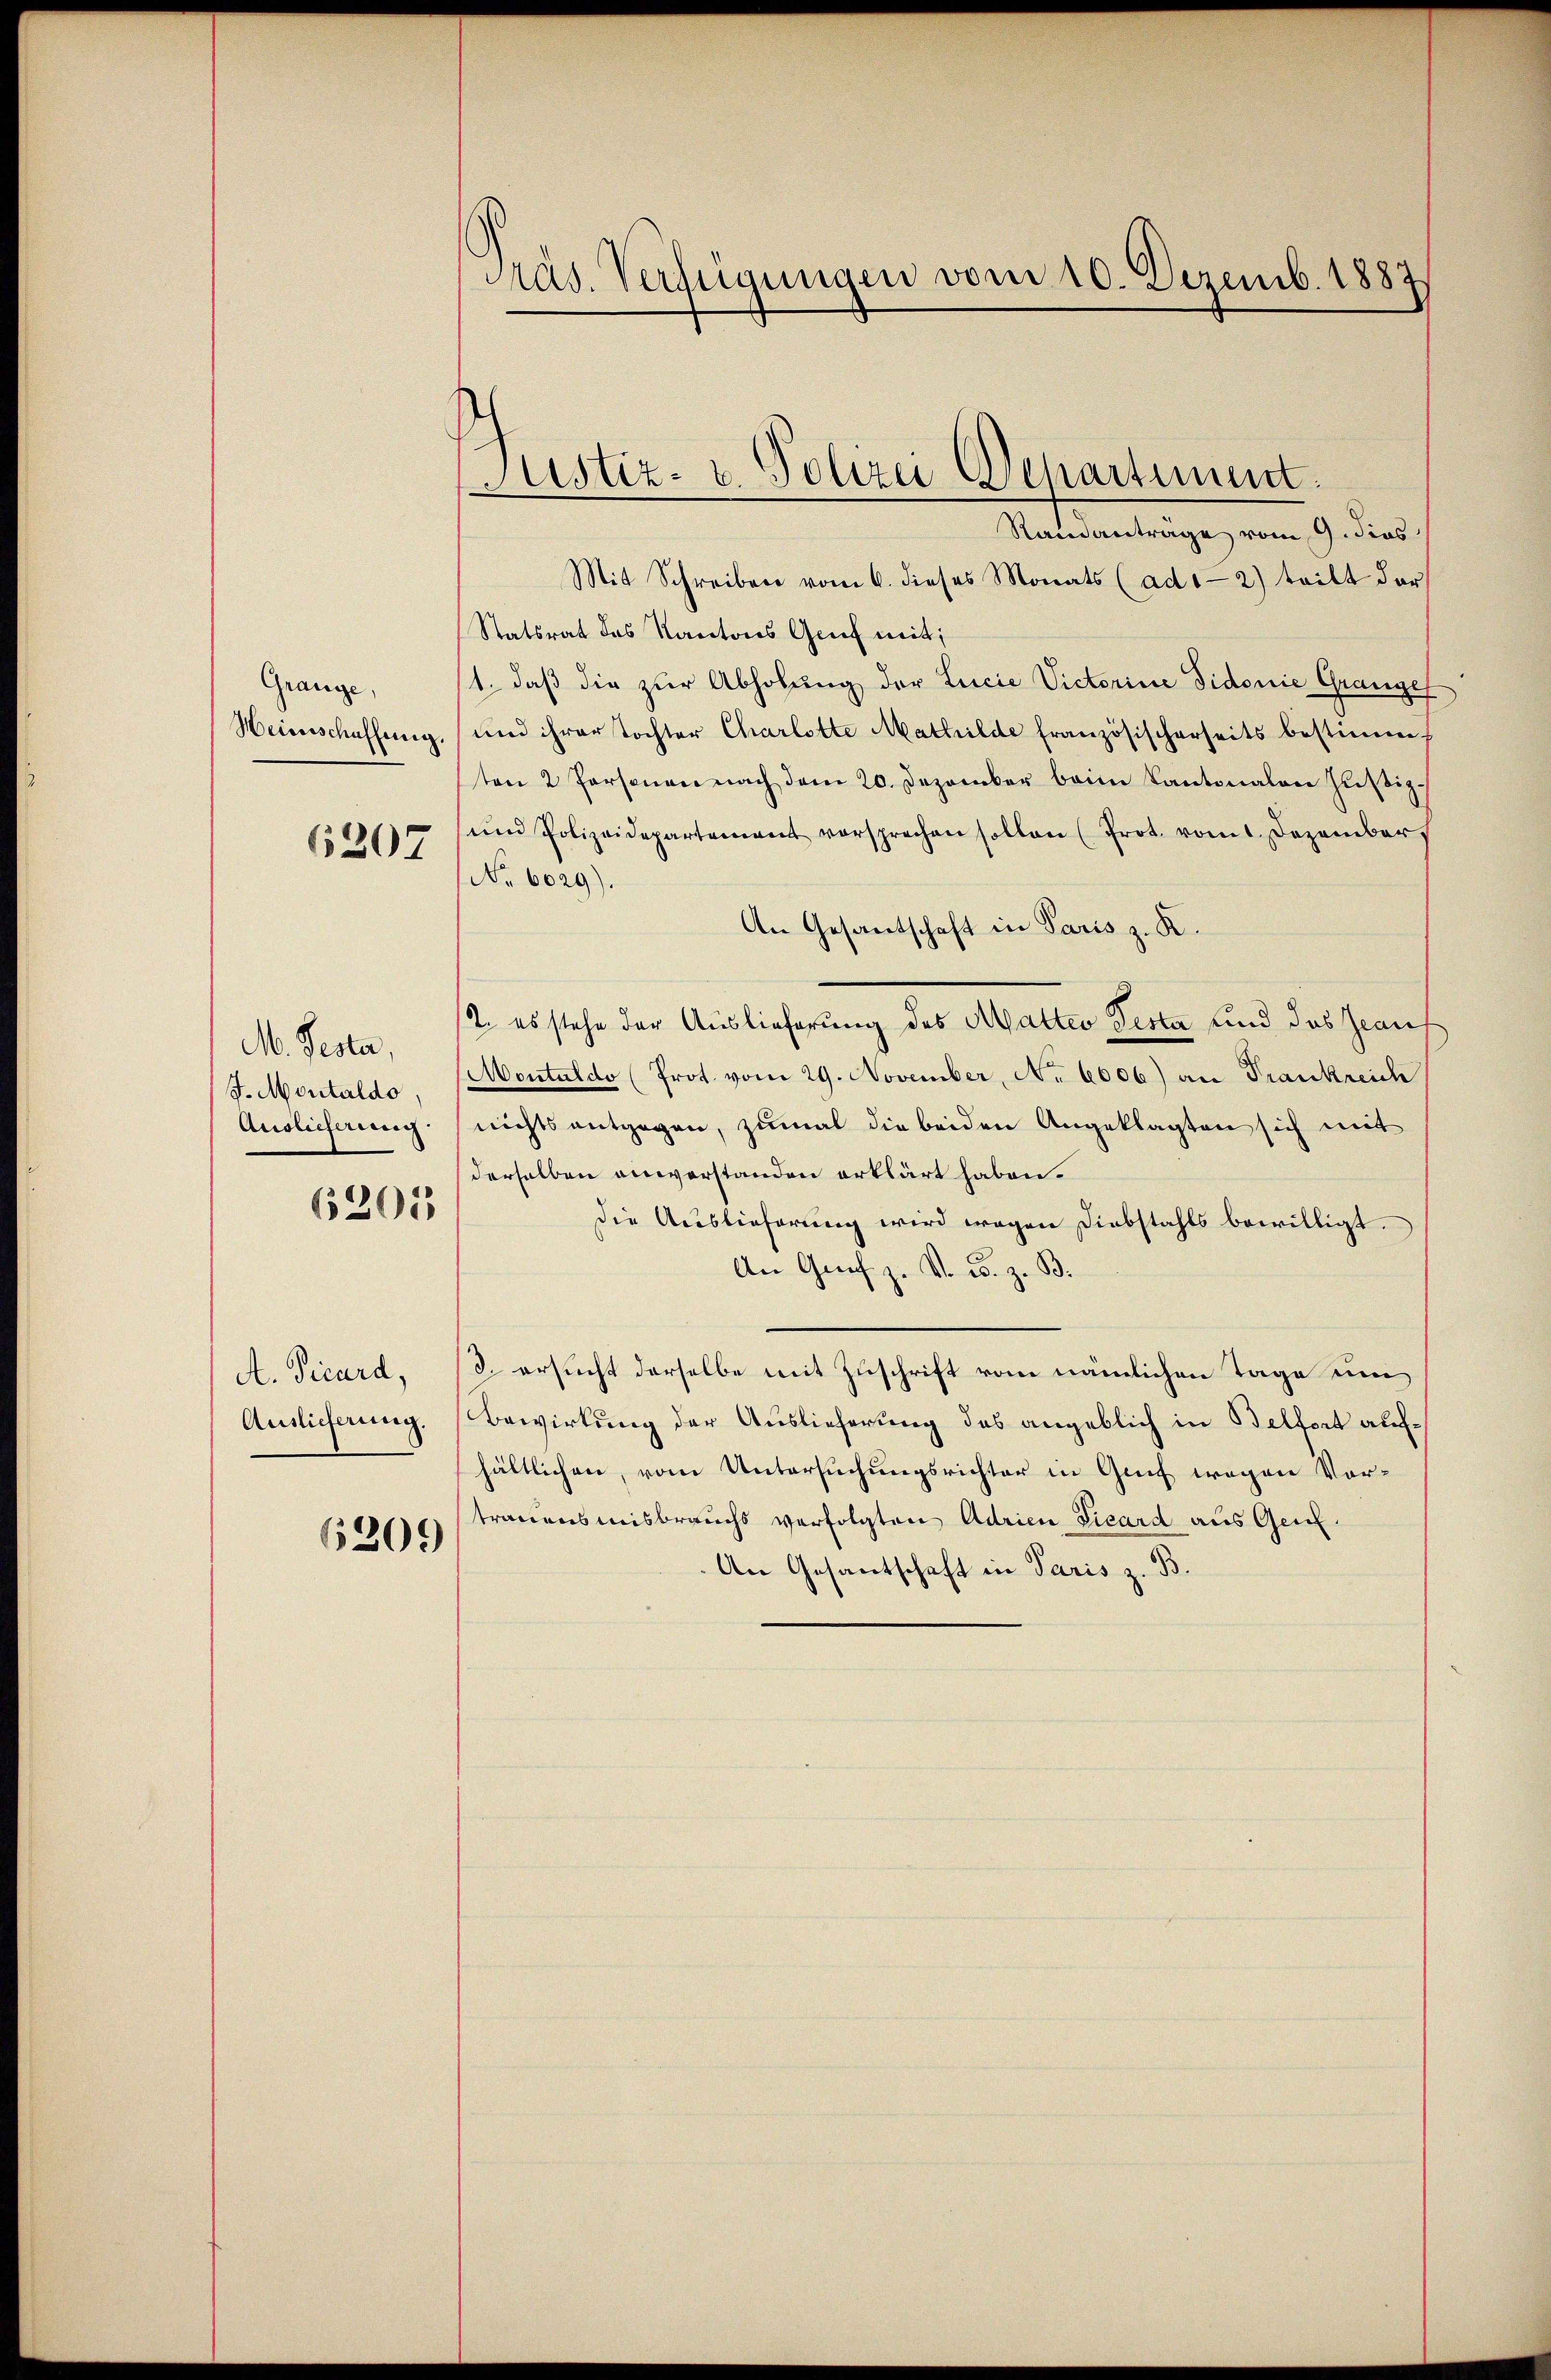
Grange,
Heinschaffung.

6207

M. Pesta
J. Montaldo,
Auslieferung

6201

A. Vicard,
Auslieferung.

6209

Präs. Verfügungen vom 10. Dezemb. 1887

Justiz- u. Polizei Departiment.

Randanträge vom 9. dies
Mit Schreiben vom 6. dieses Monats (ad1-2) teilt der
Statsrat des Kantons Genf mit:
1. daß die zur Abholung der Lucie Victorine Vidonie Grangel
und ihrer tochter Charlotte Mathilde französischerseits bestimm-
ten 2 Personen nach dem 20. Dezember beim Kantonalen Hŭβiz-
und Polizeidepartement versprechen sollen (Prot. vomt. Dezember
No. 6029).
An Gesantschaft in Paris z. R.
2. es stehe der Auslieferung des Malter Testa und das Grauf
Montuldo (Prot. vom 29. November, No 6006) an Frankreich
nichts entgegen, zumal die beiden Angeklagten sich mit
derselben einerstanden erklärt haben.
die Auslieferung wird wegen Diebstahls bewilligt.
An Graf z. V. B. z. B.
3. ersucht derselbe mit Zuschrift vom nämlichen Tage um
Bewirkung der Auslieferung des angeblich in Belfort aufhältlichen, vom Untersuchungsrichter in Genf wegen Vortrauensmisbrauchs verfolgten Adrien Vicard aus Gen.
An Gesantschaft in Paris z. B.